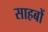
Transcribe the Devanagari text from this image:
साहबों